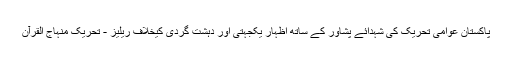
پاکستان عوامی تحریک کی شہدائے پشاور کے ساتھ اظہار یکجہتی اور دہشت گردی کیخلاف ریلیز - تحریک منہاج القرآن